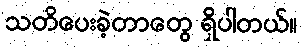
သတိပေးခဲ့တာတွေ ရှိပါတယ်။